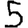
Digit: 5